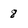
Character: 8